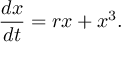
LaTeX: { \frac { d x } { d t } } = r x + x ^ { 3 } .